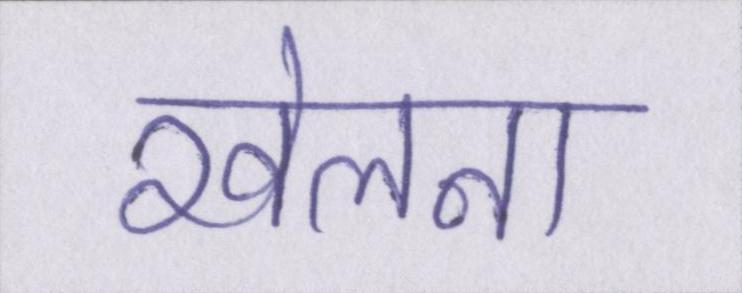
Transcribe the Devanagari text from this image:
खेलना